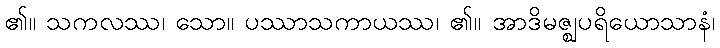
၏။ သကလဿ၊ သော။ ပဿာသကာယဿ၊ ၏။ အာဒိမဇ္ဈပရိယောသာနံ၊